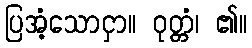
ပြအံ့သောငှာ။ ဝုတ္တံ၊ ၏။